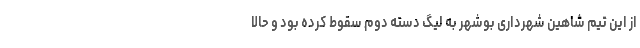
از این تیم شاهین شهرداری بوشهر به لیگ دسته دوم سقوط کرده بود و حالا